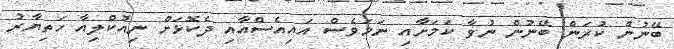
ބޭނުން ކުރަން ބޭނުން ނުވާ ކަމަށާއި ނަމަވެސް އައިއެސްއާއި ދެކޮޅަށް ނިއުކްލިއާ ހަތިޔާރު